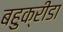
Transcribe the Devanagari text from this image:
बहुक्रीडा